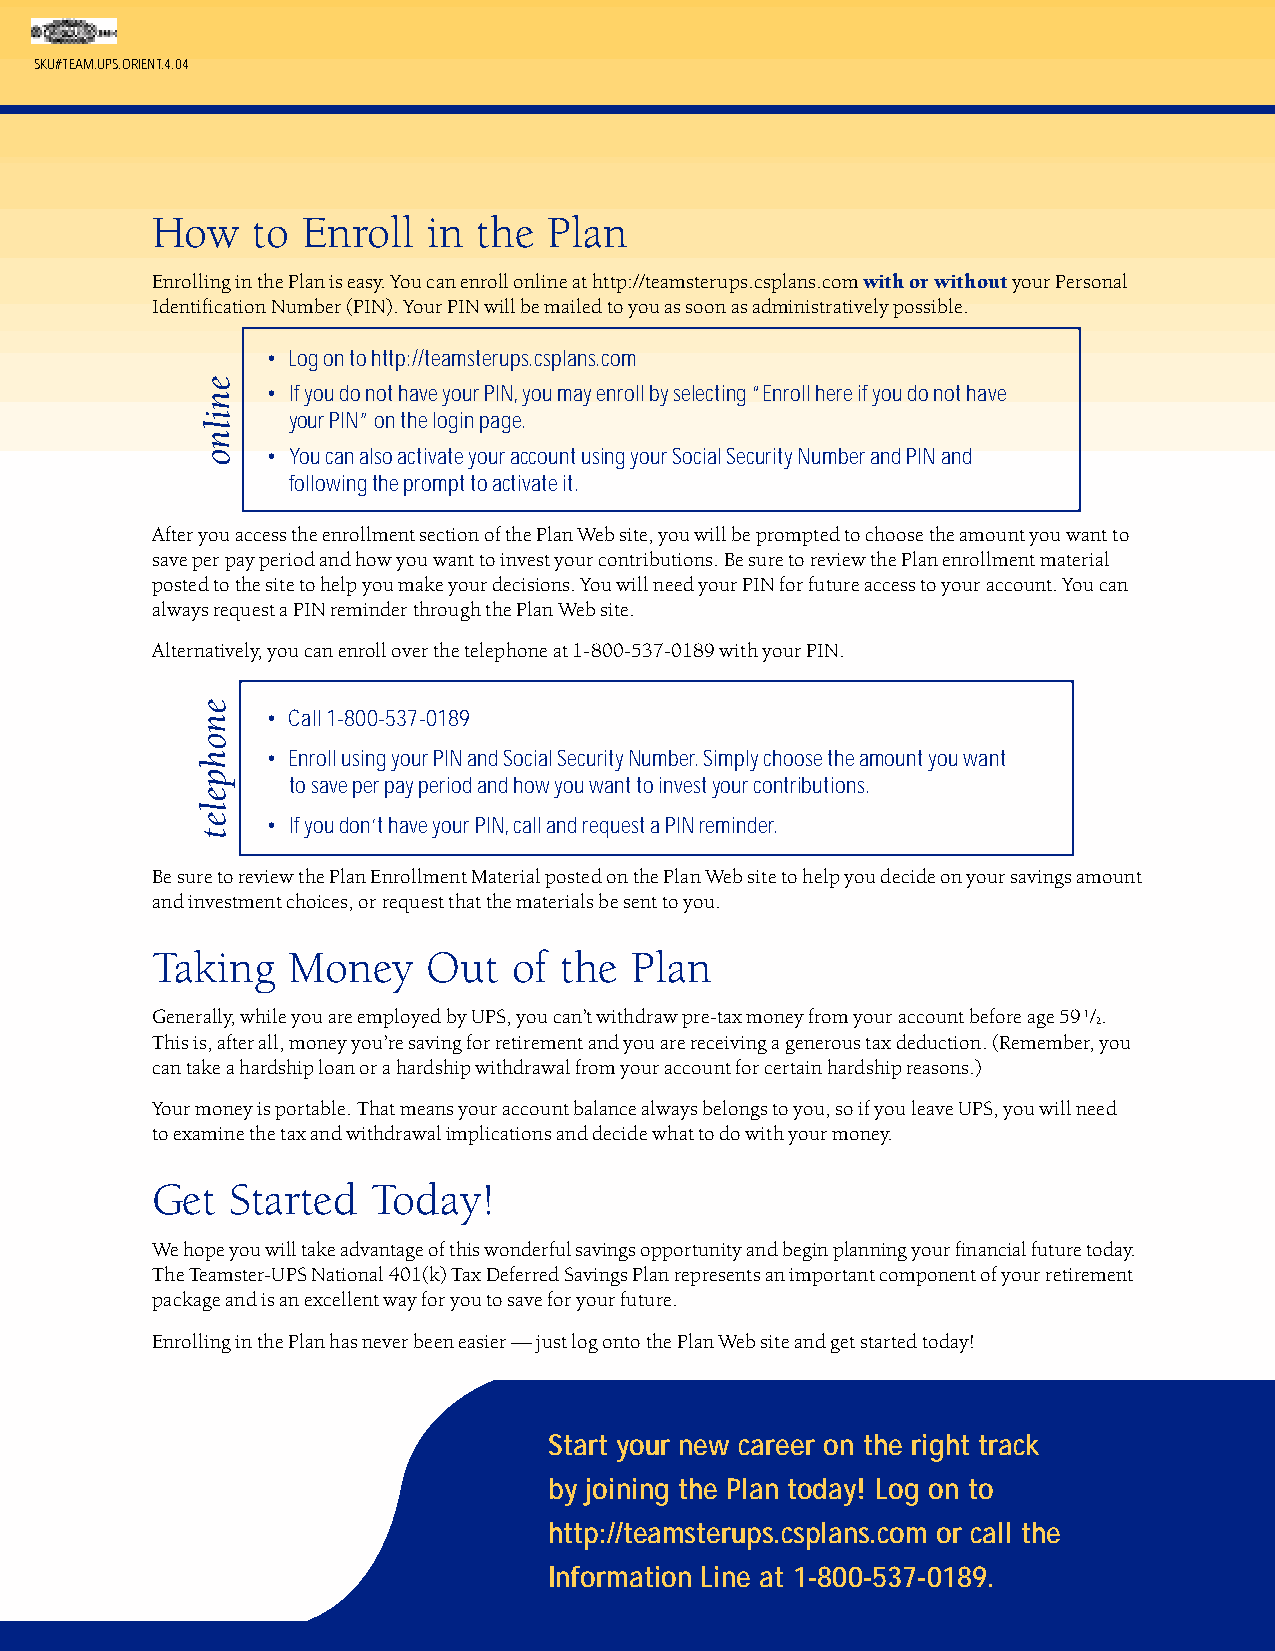
SKU#TEAM.UPS.ORIENT.4.04
 How    to Enroll  in  the Plan
 Enrolling in the Plan is easy. You can enroll online at http://teamsterups.csplans.comwith or withoutyour Personal
 Identification Number (PIN). Your PIN will be mailed to you as soon as administratively possible.
 • Log on to http://teamsterups.csplans.com
 • If you do not have your PIN,you may enroll by selecting “Enroll here if you do not have
 your PIN”on the login page.
 • You can also activate your account using your Social Security Number and PIN and
 following the prompt to activate it.
 After you access the enrollment section of the Plan Web site, you will be prompted to choose the amount you want to
 save per pay period and how you want to invest your contributions. Be sure to review the Plan enrollment material
 posted to the site to help you make your decisions. You will need your PIN for future access to your account. You can
 always request a PIN reminder through the Plan Web site.
 Alternatively, you can enroll over the telephone at 1-800-537-0189with your PIN.
 • Call 1-800-537-0189
 • Enroll using your PIN and Social Security Number.Simply choose the amount you want
 to save per pay period and how you want to invest your contributions.
 • If you don’t have your PIN,call and request a PIN reminder.
 Be sure to review the Plan Enrollment Material posted on the Plan Web site to help you decide on your savings amount
 and investment choices, or request that the materials be sent to you.
 Taking   Money    Out   of the  Plan
 Generally, while you are employed by UPS, you can’t withdraw pre-tax money from your account before age 591/.
 2
 This is, after all, money you’re saving for retirement and you are receiving a generous tax deduction. (Remember, you
 can take a hardship loan or a hardship withdrawal from your account for certain hardship reasons.)
 Your money is portable. That means your account balance always belongs to you, so if you leave UPS, you will need
 to examine the tax and withdrawal implications and decide what to do with your money.
 Get  Started   Today!
 We hope you will take advantage of this wonderful savings opportunity and begin planning your financial future today.
 The Teamster-UPS National 401(k) Tax Deferred Savings Plan represents an important component of your retirement
 package and is an excellent way for you to save for your future.
 Enrolling in the Plan has never been easier — just log onto the Plan Web site and get started today!
 Start your new career on the right track
 by joining the Plan today! Log on to
 http://teamsterups.csplans.com or call the
 Information Line at 1-800-537-0189.
 enilno
 enohpelet